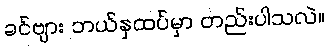
ခင်ဗျား ဘယ်နှထပ်မှာ တည်းပါသလဲ။